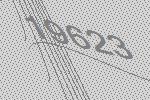
19623